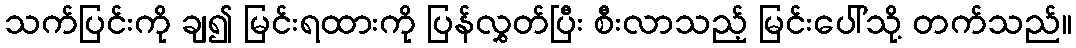
သက်ပြင်းကို ချ၍ မြင်းရထားကို ပြန်လွှတ်ပြီး စီးလာသည့် မြင်းပေါ်သို့ တက်သည်။